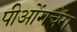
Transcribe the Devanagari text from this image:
पीओंगचैंग